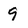
Character: q